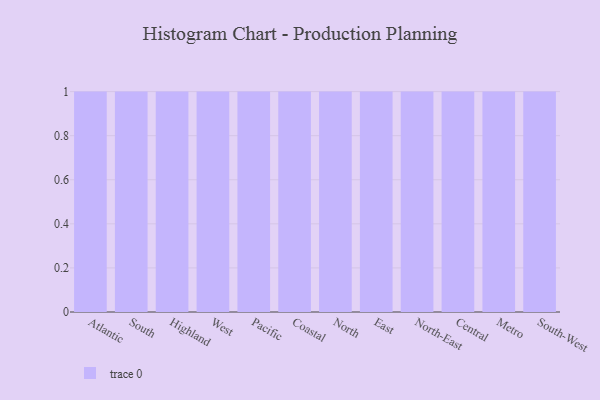
{"axis": {"x": "Region", "y": "Energy Usage (MWh)"}, "legend": [""], "data": [{"x": "Atlantic", "y": 8, "type": ""}, {"x": "South", "y": 13, "type": ""}, {"x": "Highland", "y": 53, "type": ""}, {"x": "West", "y": 16, "type": ""}, {"x": "Pacific", "y": 79, "type": ""}, {"x": "Coastal", "y": 49, "type": ""}, {"x": "North", "y": 84, "type": ""}, {"x": "East", "y": 35, "type": ""}, {"x": "North-East", "y": 34, "type": ""}, {"x": "Central", "y": 16, "type": ""}, {"x": "Metro", "y": 24, "type": ""}, {"x": "South-West", "y": 8, "type": ""}]}